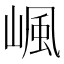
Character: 𡺤